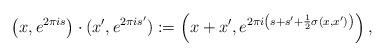
LaTeX: \begin{align*}\left(x,e^{2\pi i s}\right)\cdot (x', e^{2\pi i s'}):=\left(x+x',e^{2\pi i\left(s+s'+\frac{1}{2}\sigma(x,x')\right)}\right),\end{align*}